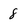
Character: 8